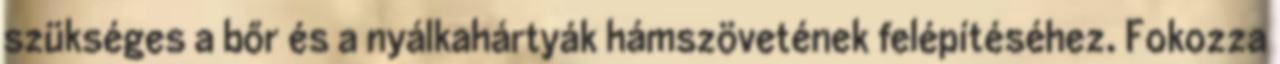
szükséges a bőr és a nyálkahártyák hámszövetének felépítéséhez. Fokozza